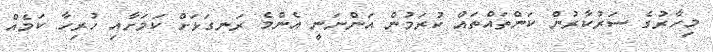
މިހާރުގެ ސަރުކާރުން ކަންތައްތައް ކުރަމުން އަންނަނީ އެންމެ ރަނގަޅަށް ކަމަށާއި ހުރިހާ ކަމެއް